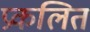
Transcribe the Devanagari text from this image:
प्रकलित